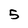
Character: 5